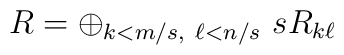
R= \oplus_{k< m/s,\ \ell<n/s}\  s R_{k\ell}